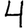
Digit: 4